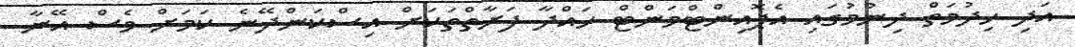
އަދި ހިދުމަތް ދިނުމުގައި އެޕޮއިންޓްމަންޓް ހައްދާ ފަރާތްތަކަށް އިސްކަންދޭނެ ކަމަށް ވެސް އޭނާ